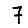
Digit: 7